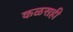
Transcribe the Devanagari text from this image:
कळसही